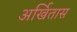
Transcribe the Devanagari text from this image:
अर्खितास